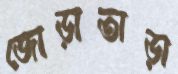
জোড়াতাড়া